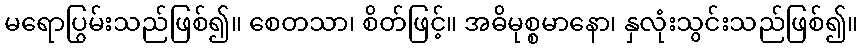
မရောပြွမ်းသည်ဖြစ်၍။ စေတသာ၊ စိတ်ဖြင့်။ အဓိမုစ္စမာနော၊ နှလုံးသွင်းသည်ဖြစ်၍။